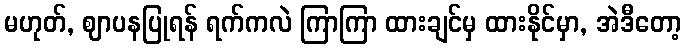
မဟုတ်, ဈာပနပြုရန် ရက်ကလဲ ကြာကြာ ထားချင်မှ ထားနိုင်မှာ, အဲဒီတော့